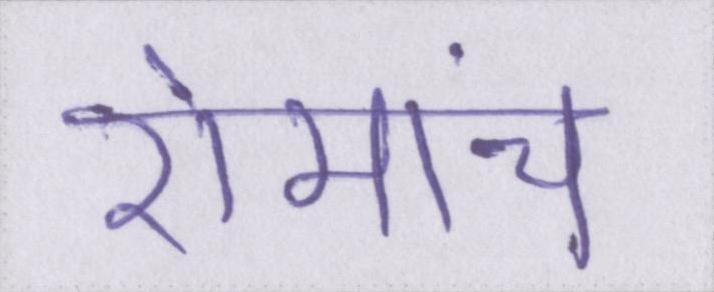
रोमांच